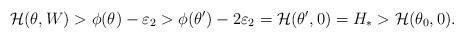
LaTeX: \begin{align*}{\cal H}(\theta ,W)>\phi (\theta)-\varepsilon_{2}>\phi(\theta')-2\varepsilon_{2}= {\cal H}(\theta',0) = H_{\ast}> {\cal H}(\theta_{0},0).\end{align*}